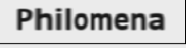
Philomena